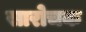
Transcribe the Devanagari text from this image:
सारोचक